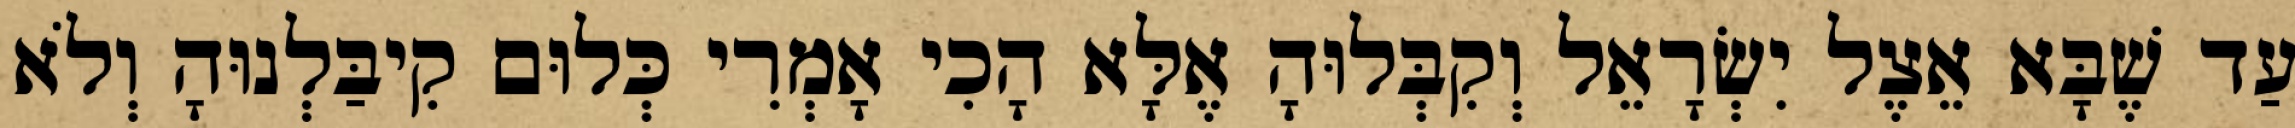
עַד שֶׁבָּא אֵצֶל יִשְׂרָאֵל וְקִבְּלוּהָ אֶלָּא הָכִי אָמְרִי כְּלוּם קִיבַּלְנוּהָ וְלֹא